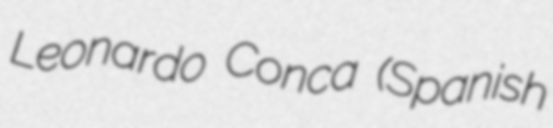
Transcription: Leonardo Conca (Spanish